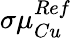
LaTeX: \sigma\mu_{Cu}^{Ref}